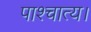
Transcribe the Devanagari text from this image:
पाश्चात्य।